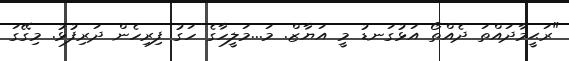
"ރަޙީމާދައްތަ ދެއްތޯ އަޅުގަނޑު މީ އަޔާޒް. މަ...މަލީހާގެ ހަގު ފިރިހެން ދަރިފުޅު. މިގޭގަ